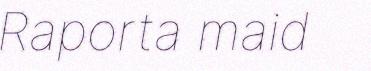
Raporta maid